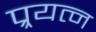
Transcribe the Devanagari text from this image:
प्र्रयत्न